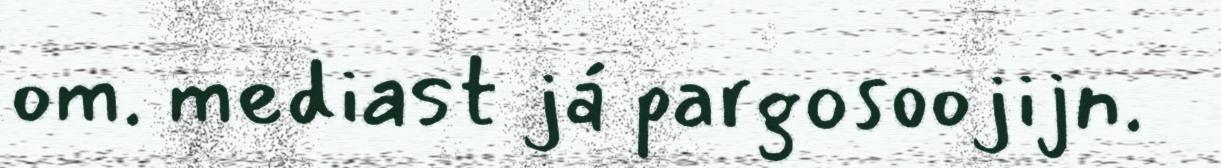
om. mediast já pargosoojijn.